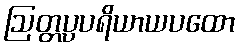
ဩတ္တပ္ပပရိယာယပထော